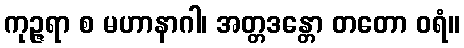
ကုဉ္ဇရာ စ မဟာနာဂါ၊ အတ္တဒန္တော တတော ဝရံ။